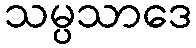
သမ္ပသာဒေ